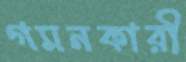
গমনকারী